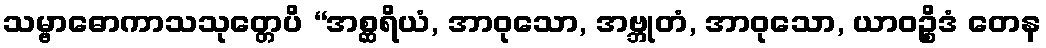
သမ္ဗာဓောကာသသုတ္တေပိ “အစ္ဆရိယံ, အာဝုသော, အဗ္ဘုတံ, အာဝုသော, ယာဝဉ္စိဒံ တေန